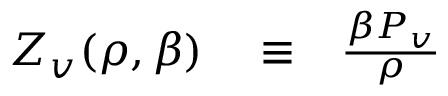
\begin{array} { r l r } { Z _ { v } ( \rho , \beta ) } & { { } \equiv } & { \frac { \beta P _ { v } } { \rho } } \end{array}